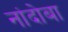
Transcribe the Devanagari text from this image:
नांदोबा